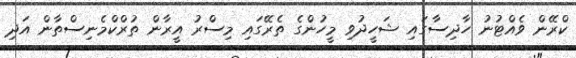
ކްރޭން ވެއްޓުނު ހާދިސާގައި ޝަހީދުވި މީހުންގެ ތެރޭގައި މިސްރު އީރާން ތުރްކްމެނިސްތާން އަދި